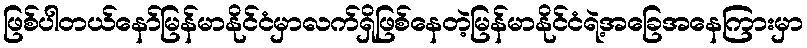
ဖြစ်ပါတယ်နော်မြန်မာနိုင်ငံမှာလက်ရှိဖြစ်နေတဲ့မြန်မာနိုင်ငံရဲ့အခြေအနေကြားမှာ